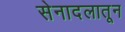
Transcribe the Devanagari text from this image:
सेनादलातून